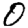
Digit: 0